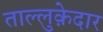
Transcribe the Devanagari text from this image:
ताल्लुक़ेदार